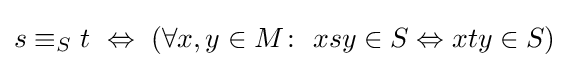
s\equiv _{S}t\ \Leftrightarrow \ (\forall x,y\in M\colon \ xsy\in S\Leftrightarrow xty\in S)